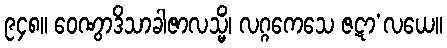
၉၄၈။ ဝေဏွာဒိသာခါဇာလသ္မိံ၊ လဂ္ဂကေသေ ဇဋာ’လယေ။